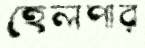
হেলপার